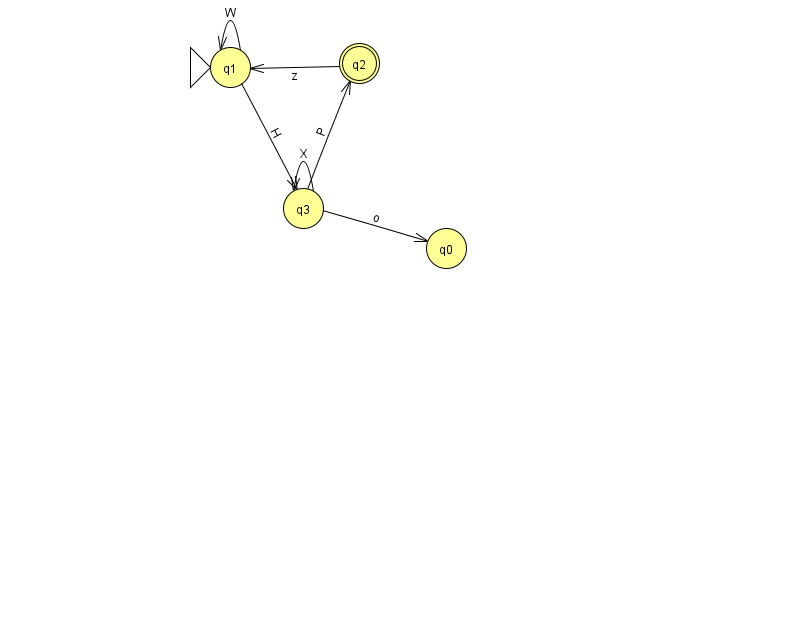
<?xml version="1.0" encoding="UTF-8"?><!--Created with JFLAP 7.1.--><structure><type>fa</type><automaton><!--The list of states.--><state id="0" name="q0"><x>446.0</x><y>235.0</y></state><state id="1" name="q1"><x>230.0</x><y>54.0</y><initial/></state><state id="2" name="q2"><x>359.0</x><y>50.0</y><final/></state><state id="3" name="q3"><x>303.0</x><y>195.0</y></state><!--The list of transitions.--><transition><from>3</from><to>2</to><read>P</read></transition><transition><from>3</from><to>0</to><read>o</read></transition><transition><from>1</from><to>1</to><read>W</read></transition><transition><from>3</from><to>3</to><read>X</read></transition><transition><from>1</from><to>3</to><read>H</read></transition><transition><from>2</from><to>1</to><read>z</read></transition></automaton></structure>